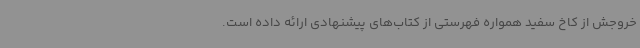
خروجش از کاخ سفید همواره فهرستی از کتاب‌های پیشنهادی ارائه داده است.